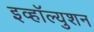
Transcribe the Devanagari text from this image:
इव्हॉल्युशन